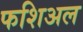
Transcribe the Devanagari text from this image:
फशिअल